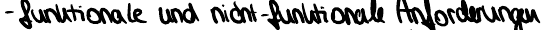
- funktionale und nicht-funktionale Anforderungen